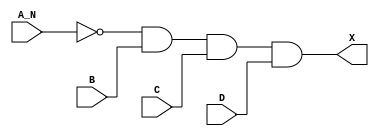
module sky130_fd_sc_lp__and4b_7 (
    X  ,
    A_N,
    B  ,
    C  ,
    D
);
    output X  ;
    input  A_N;
    input  B  ;
    input  C  ;
    input  D  ;
    wire not0_out  ;
    wire and0_out_X;
    not not0 (not0_out  , A_N              );
    and and0 (and0_out_X, not0_out, B, C, D);
    buf buf0 (X         , and0_out_X       );
endmodule